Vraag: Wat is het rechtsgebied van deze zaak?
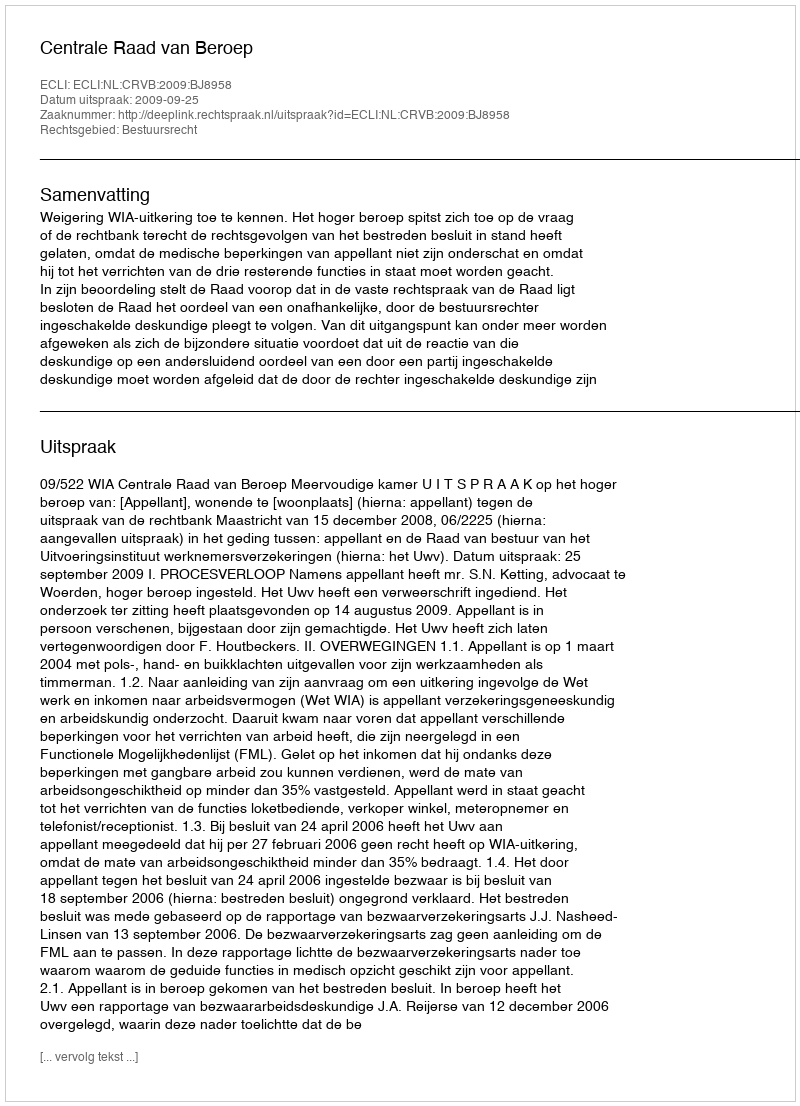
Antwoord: Bestuursrecht